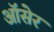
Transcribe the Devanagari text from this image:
ऑसेर